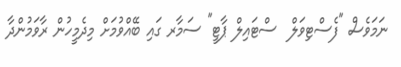
ނަމަވެސް "ފެސްޓިވަލް  ސްޓައިލް ޕާޓީ" ސަމާރ ގައި ބޭއްވުމަށް މިދެމީހުން ރާވަމުންދާ